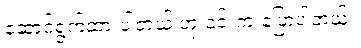
ဆောင်ရွက်ထားပါတယ် ဟု ၎င်းက ပြောပါတယ်။